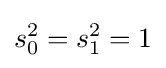
s_{0}^{2}=s_{1}^{2}=1